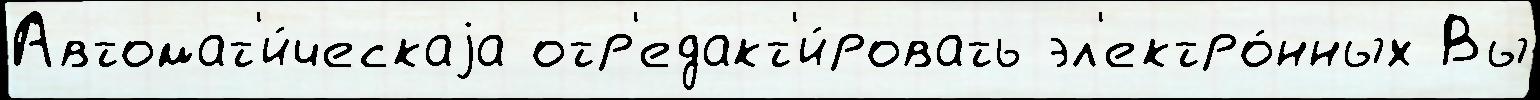
Автомат'и́ческаjа отр'едакт'и́ровать эл'ектро́нных Вы